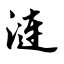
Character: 涟